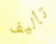
تأليف